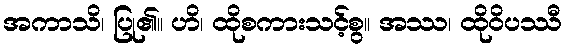
အကာသိ၊ ပြု၏။ ဟိ၊ ထိုစကားသင့်စွ။ အဿ၊ ထိုဝိပဿီ